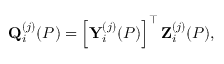
\mathbf { Q } _ { i } ^ { ( j ) } ( P ) = \left[ \mathbf { Y } _ { i } ^ { ( j ) } ( P ) \right] ^ { \top } \mathbf { Z } _ { i } ^ { ( j ) } ( P ) ,